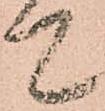
て